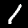
Label: 1